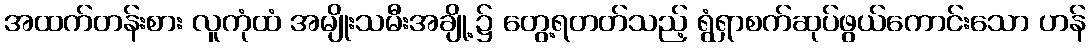
အထက်တန်းစား လူကုံထံ အမျိုးသမီးအချို့၌ တွေ့ရတတ်သည့် ရွံရှာစက်ဆုပ်ဖွယ်ကောင်းသော ဟန်